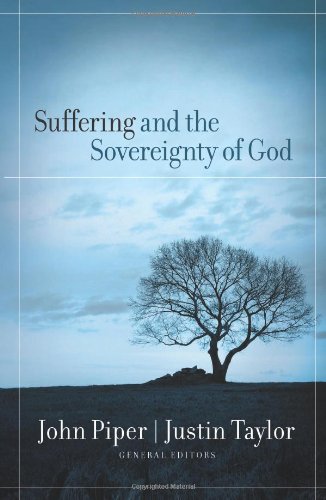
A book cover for Suffering and the Sovereignty of God; Christian Books & Bibles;